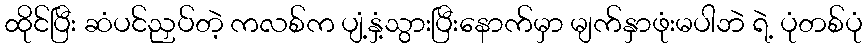
ထိုင်ပြီး ဆံပင်ညှပ်တဲ့ ကလစ်က ပျံ့နှံ့သွားပြီးနောက်မှာ မျက်နှာဖုံးမပါဘဲ ရဲ့ ပုံတစ်ပုံ